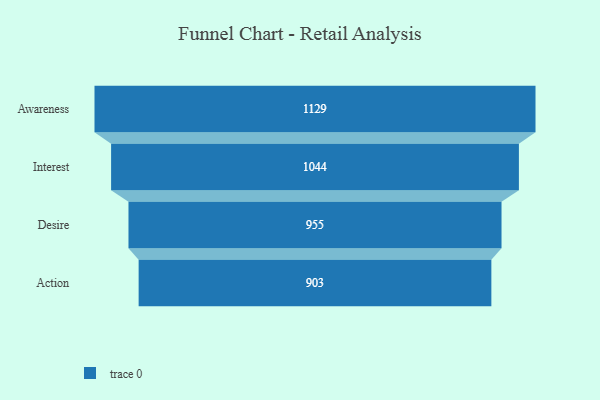
{"axis": {"x": "Stage", "y": "Value"}, "legend": [""], "data": [{"x": "Awareness", "y": 1129.0, "type": ""}, {"x": "Interest", "y": 1044.0, "type": ""}, {"x": "Desire", "y": 955.0, "type": ""}, {"x": "Action", "y": 903.0, "type": ""}]}